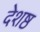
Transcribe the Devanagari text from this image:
देशष्ठ